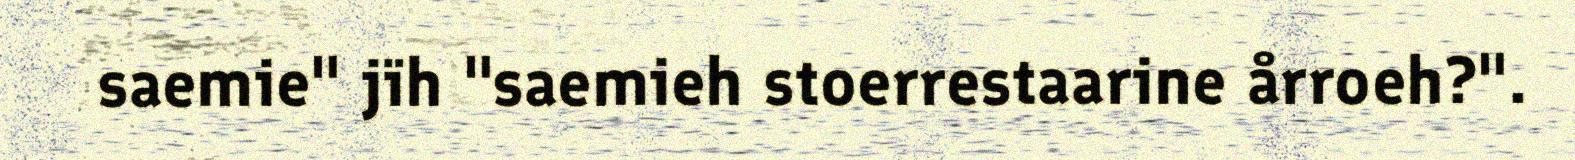
saemie" jïh "saemieh stoerrestaarine årroeh?".